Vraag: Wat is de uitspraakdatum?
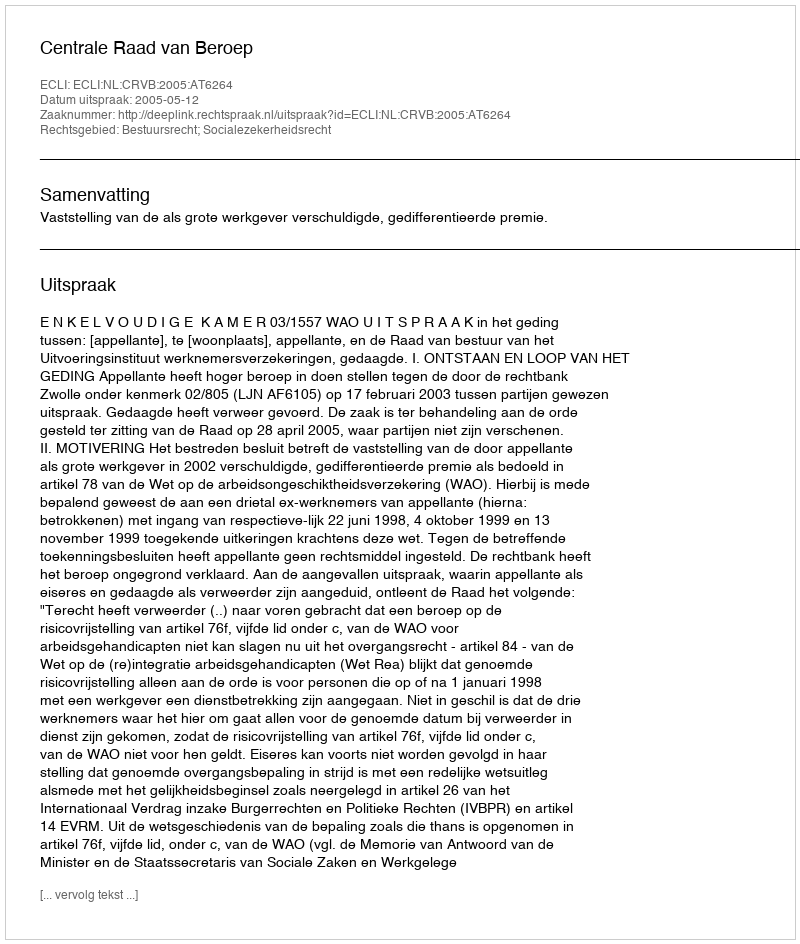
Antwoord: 2005-05-12